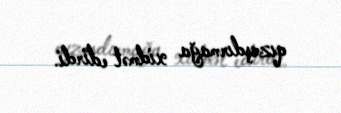
qızışdırmağa xidmət edirdi.